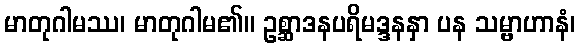
မာတုဂါမဿ၊ မာတုဂါမ၏။ ဥစ္ဆာဒနပရိမဒ္ဒနနှာ ပန သမ္ဗာဟာနံ၊